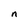
Character: n